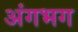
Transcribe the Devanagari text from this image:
अंगभग